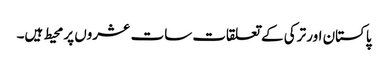
پاکستان اور ترکی کے تعلقات سات عشروں پر محیط ہیں۔